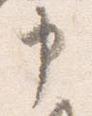
申